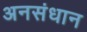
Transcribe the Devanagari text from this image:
अनसंधान